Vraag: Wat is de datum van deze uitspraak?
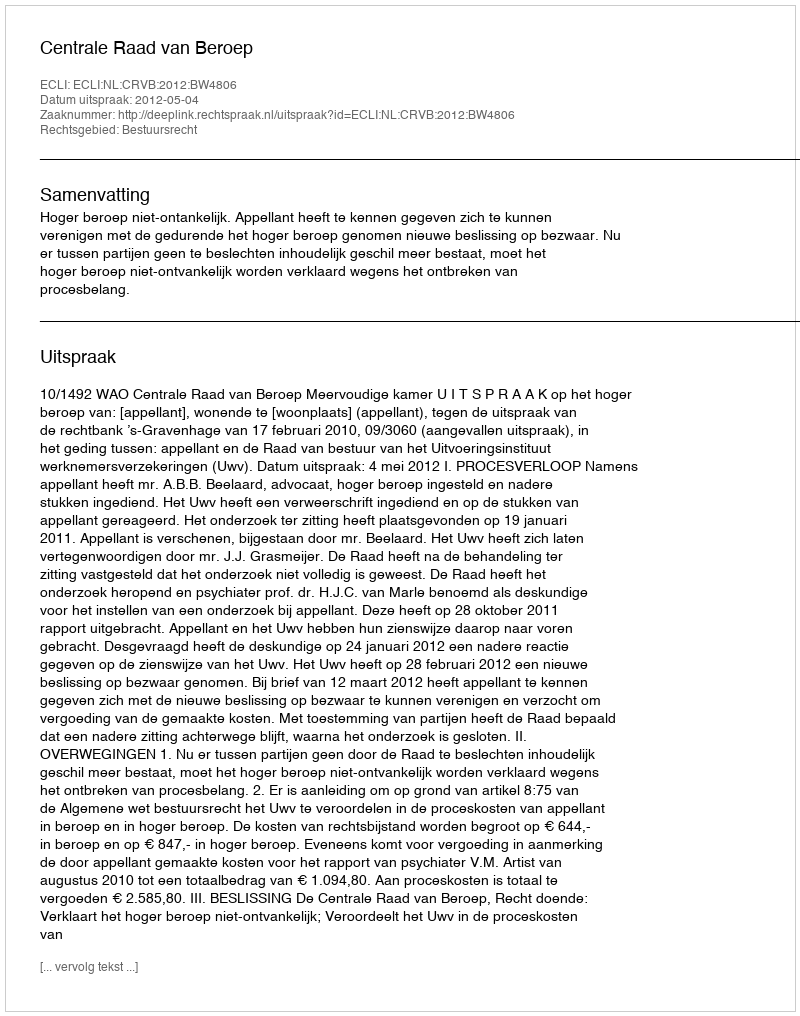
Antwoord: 2012-05-04